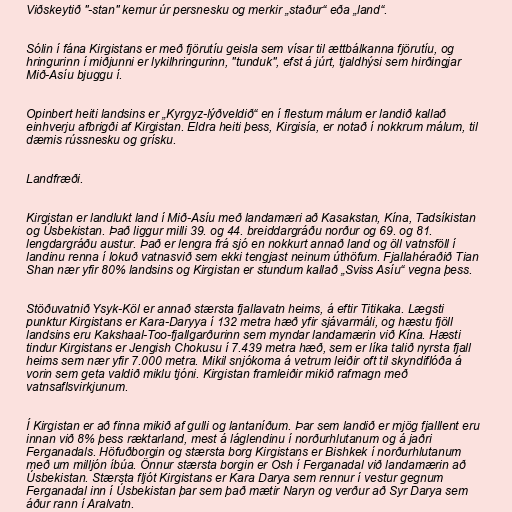
Viðskeytið "-stan" kemur úr persnesku og merkir „staður“ eða „land“.

Sólin í fána Kirgistans er með fjörutíu geisla sem vísar til ættbálkanna fjörutíu, og
hringurinn í miðjunni er lykilhringurinn, "tunduk", efst á júrt, tjaldhýsi sem hirðingjar
Mið-Asíu bjuggu í.

Opinbert heiti landsins er „Kyrgyz-lýðveldið“ en í flestum málum er landið kallað
einhverju afbrigði af Kirgistan. Eldra heiti þess, Kirgisía, er notað í nokkrum málum, til
dæmis rússnesku og grísku.

Landfræði.

Kirgistan er landlukt land í Mið-Asíu með landamæri að Kasakstan, Kína, Tadsíkistan
og Úsbekistan. Það liggur milli 39. og 44. breiddargráðu norður og 69. og 81.
lengdargráðu austur. Það er lengra frá sjó en nokkurt annað land og öll vatnsföll í
landinu renna í lokuð vatnasvið sem ekki tengjast neinum úthöfum. Fjallahéraðið Tian
Shan nær yfir 80% landsins og Kirgistan er stundum kallað „Sviss Asíu“ vegna þess.

Stöðuvatnið Ysyk-Köl er annað stærsta fjallavatn heims, á eftir Titikaka. Lægsti
punktur Kirgistans er Kara-Daryya í 132 metra hæð yfir sjávarmáli, og hæstu fjöll
landsins eru Kakshaal-Too-fjallgarðurinn sem myndar landamærin við Kína. Hæsti
tindur Kirgistans er Jengish Chokusu í 7.439 metra hæð, sem er líka talið nyrsta fjall
heims sem nær yfir 7.000 metra. Mikil snjókoma á vetrum leiðir oft til skyndiflóða á
vorin sem geta valdið miklu tjóni. Kirgistan framleiðir mikið rafmagn með
vatnsaflsvirkjunum.

Í Kirgistan er að finna mikið af gulli og lantaníðum. Þar sem landið er mjög fjalllent eru
innan við 8% þess ræktarland, mest á láglendinu í norðurhlutanum og á jaðri
Ferganadals. Höfuðborgin og stærsta borg Kirgistans er Bishkek í norðurhlutanum
með um milljón íbúa. Önnur stærsta borgin er Osh í Ferganadal við landamærin að
Úsbekistan. Stærsta fljót Kirgistans er Kara Darya sem rennur í vestur gegnum
Ferganadal inn í Úsbekistan þar sem það mætir Naryn og verður að Syr Darya sem
áður rann í Aralvatn.